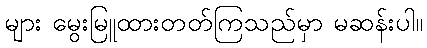
များ မွေးမြူထားတတ်ကြသည်မှာ မဆန်းပါ။